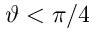
\vartheta < \pi / 4